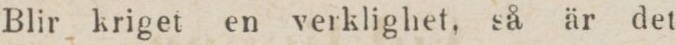
Blir kriget en verklighet, så är det